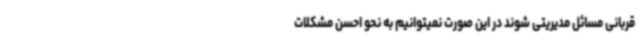
قربانی مسائل مدیریتی شوند در این صورت نمیتوانیم به نحو احسن مشکلات